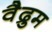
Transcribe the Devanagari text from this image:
वैद्रुम